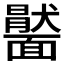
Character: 𩉂